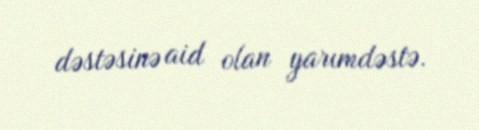
dəstəsinə aid olan yarımdəstə.